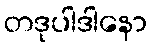
တဒုပါဒါနော